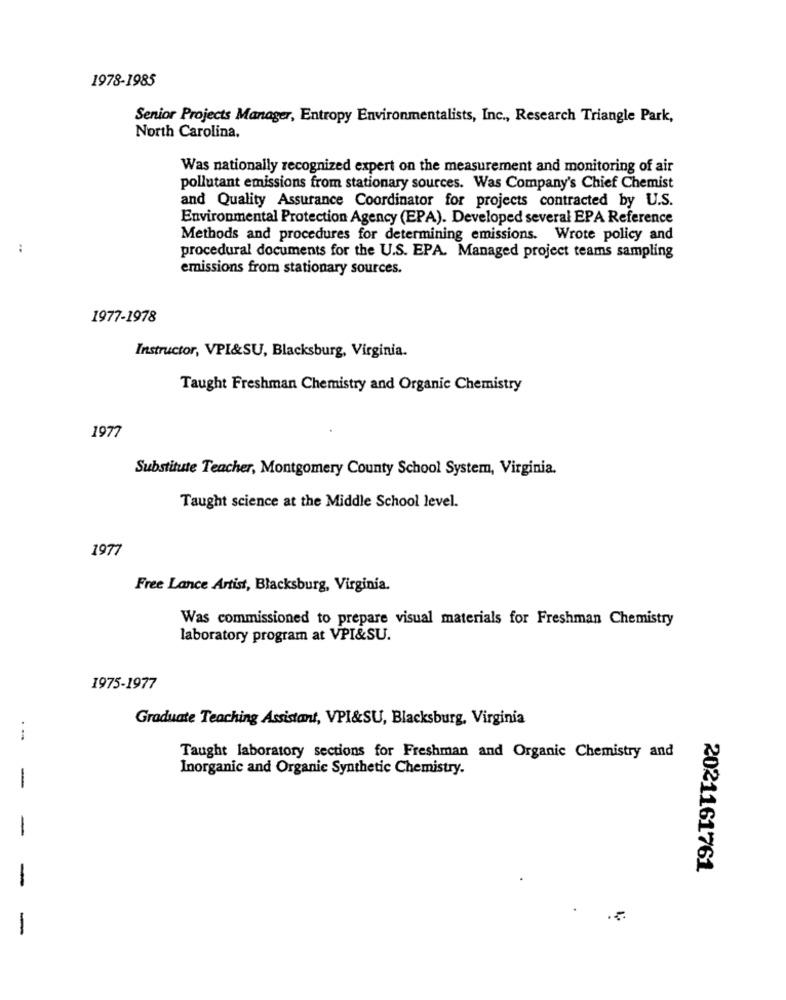
1978-1985
Senior Projects Manager, Entropy Environmentalists, Inc ., Research Triangle Park,
North Carolina.
Was nationally recognized expert on the measurement and monitoring of air
pollutant emissions from stationary sources. Was Company's Chief Chemist
and Quality Assurance Coordinator for projects contracted by U.S.
Environmental Protection Agency (EPA). Developed several EPA Reference
Methods and procedures for determining emissions. Wrote policy and
:
procedural documents for the U.S. EPA. Managed project teams sampling
emissions from stationary sources.
1977-1978
Instructor, VPI&SU, Blacksburg, Virginia.
Taught Freshman Chemistry and Organic Chemistry
1977
Substitute Teacher, Montgomery County School System, Virginia.
Taught science at the Middle School level.
1977
Free Lance Artist, Blacksburg, Virginia.
Was commissioned to prepare visual materials for Freshman Chemistry
laboratory program at VPI&SU.
1975-1977
Graduate Teaching Assistant, VPI&SU, Blacksburg, Virginia
.-
Taught laboratory sections for Freshman and Organic Chemistry and
Inorganic and Organic Synthetic Chemistry.
-
-
2021161761